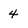
Character: 4